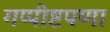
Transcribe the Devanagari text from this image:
गप्पीष्टपणा